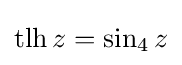
\operatorname {tlh} z=\sin _{4}z